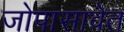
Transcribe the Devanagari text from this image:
जोपासावेत